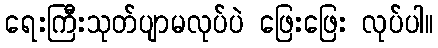
ရေးကြီးသုတ်ပျာမလုပ်ပဲ ဖြေးဖြေး လုပ်ပါ။